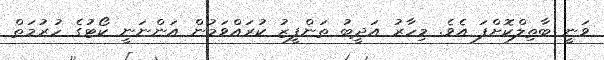
ވަނީ ބާތިލްކޮށްފަ އެވެ. މިހާރު އަދީބު ތަންފީޒު ކުރައްވަމުން އަންނަނީ ކޯޓުގެ ހުރުމަތް